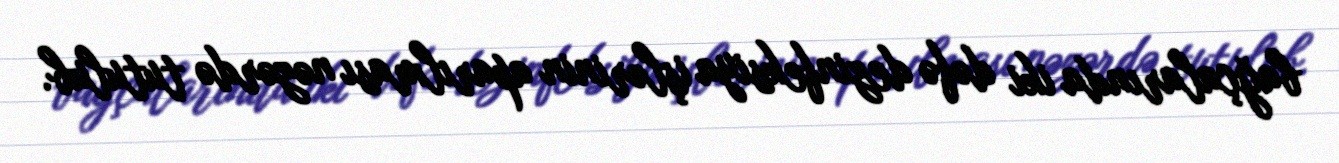
bağçalarında iki dəfə dezinfeksiya işlərinin aparılması nəzərdə tutulub.